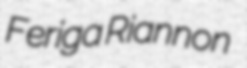
Feriga Riannon